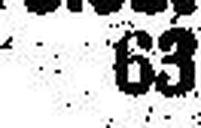
63